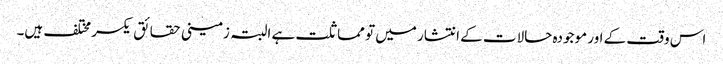
اس وقت کے اور موجودہ حالات کے انتشار میں تو مماثلت ہے البتہ زمینی حقائق یکسر مختلف ہیں۔